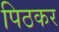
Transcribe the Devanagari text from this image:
पिठकर